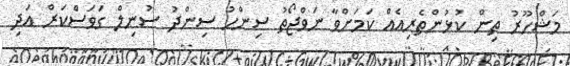
މަޝްހޫރު ތިން ކުޅުންތެރިއެއް ކަމަށްވާ ނަވްޖޯތު ސިންހު ސިންދު ސުނިލް ގަވަސްކަރް އަދި